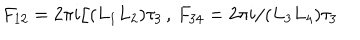
LaTeX: F _ { 1 2 } = 2 \pi i / ( L _ { 1 } L _ { 2 } ) \tau _ { 3 } \, , \, F _ { 3 4 } = 2 \pi i / ( L _ { 3 } L _ { 4 } ) \tau _ { 3 }